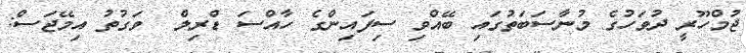
ޖުމްހޫރީ ދުވަހުގެ މުނާސަބަތުގައި ބޭއްވި ސިފައިންގެ ހާއްސަ ޑްރިލް  ވަގުތު އިމޭޖަސް: